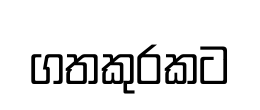
ගතකුරකට